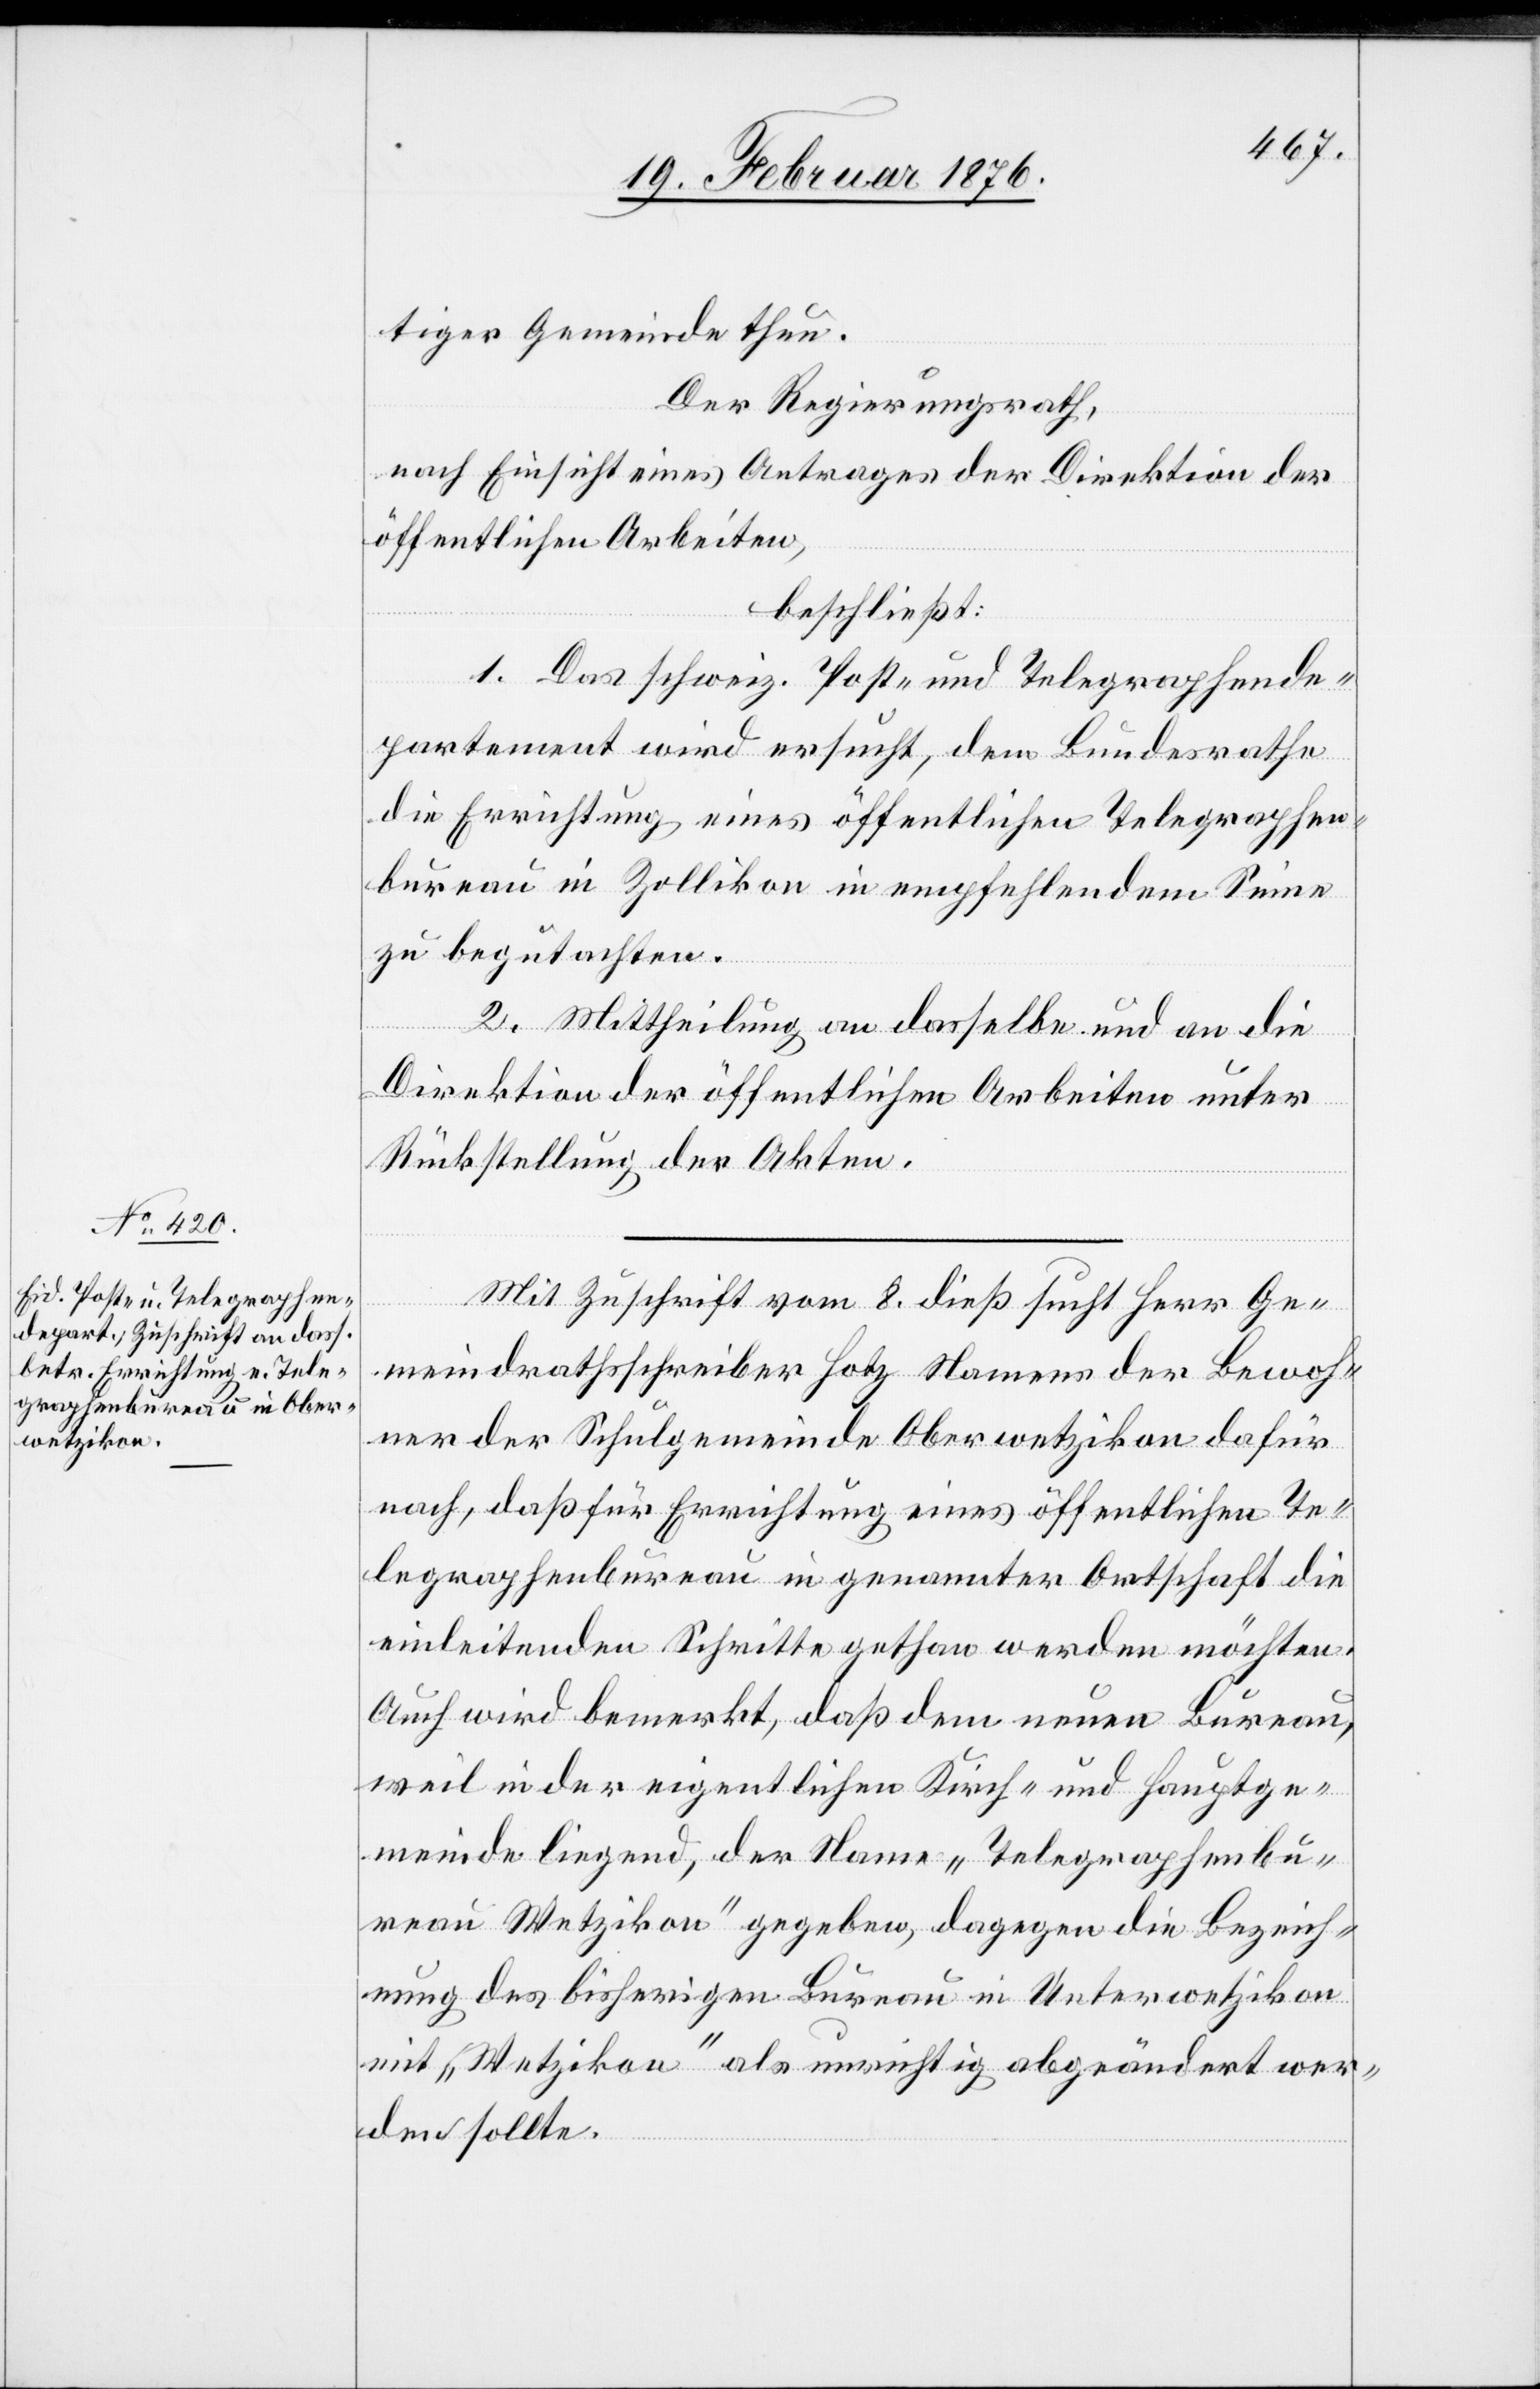
tiger Gemeinde thun.
Der Regierungsrath,
nach Einsicht eines Antrages der Direktion der
öffentlichen Arbeiten,
beschließt:
1. Das schweiz. Post- und Telegraphende¬
partement wird ersucht, dem Bundesrathe
die Errichtung eines öffentlichen Telegraphen¬
bureau in Zollikon in empfehlendem Sinne
zu begutachten.
2. Mittheilung an dasselbe und an die
Direktion der öffentlichen Arbeiten unter
Rückstellung der Akten.
Mit Zuschrift vom 8. dieß sucht Herr Ge¬
meindrathsschreiber Hotz Namens der Bewoh¬
ner der Schulgemeinde Oberwetzikon dafür
nach, daß für Errichtung eines öffentlichen Te¬
legraphenbureau in genannter Ortschaft die
einleitenden Schritte gethan werden möchten.
Auch wird bemerkt, daß dem neuen Bureau,
weil in der eigentlichen Kirch- und Hauptge¬
meinde liegend, der Name „Telegraphenbu¬
reau Wetzikon“ gegeben, dagegen die Bezeich¬
nung des bisherigen Bureau in Unterwetzikon
mit „Wetzikon“ als unrichtig abgeändert wer¬
den sollte.